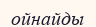
ойнайды